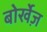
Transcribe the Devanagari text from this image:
बोर्खेज़